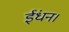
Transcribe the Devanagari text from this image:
ईंधन।